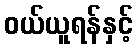
ဝယ်ယူရန်နှင့်